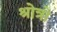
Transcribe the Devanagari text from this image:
श्रोत्रो